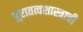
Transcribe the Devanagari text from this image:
पुरातत्वशास्त्राची